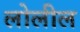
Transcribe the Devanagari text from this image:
लोलील